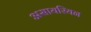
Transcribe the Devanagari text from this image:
असायरियन